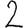
Digit: 2